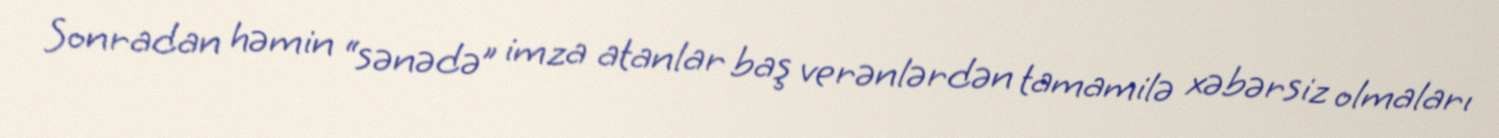
Sonradan həmin “sənədə” imza atanlar baş verənlərdən tamamilə xəbərsiz olmaları